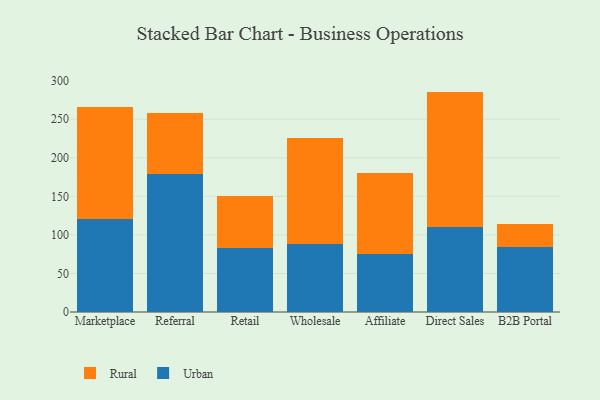
{"axis": {"x": "Channel", "y": "Tickets Resolved"}, "legend": ["Rural", "Urban"], "data": [{"x": "Marketplace", "y": 120.0, "type": "Urban"}, {"x": "Marketplace", "y": 145.6, "type": "Rural"}, {"x": "Referral", "y": 179.1, "type": "Urban"}, {"x": "Referral", "y": 79.0, "type": "Rural"}, {"x": "Retail", "y": 83.1, "type": "Urban"}, {"x": "Retail", "y": 67.5, "type": "Rural"}, {"x": "Wholesale", "y": 88.4, "type": "Urban"}, {"x": "Wholesale", "y": 137.9, "type": "Rural"}, {"x": "Affiliate", "y": 74.8, "type": "Urban"}, {"x": "Affiliate", "y": 105.8, "type": "Rural"}, {"x": "Direct Sales", "y": 109.8, "type": "Urban"}, {"x": "Direct Sales", "y": 176.1, "type": "Rural"}, {"x": "B2B Portal", "y": 84.1, "type": "Urban"}, {"x": "B2B Portal", "y": 29.5, "type": "Rural"}]}